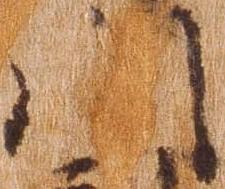
門